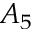
A _ { 5 }